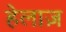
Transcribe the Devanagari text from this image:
हेलाज़